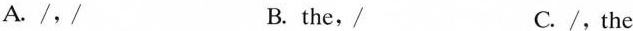
A./,/ B. the, C./,the